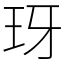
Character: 玡